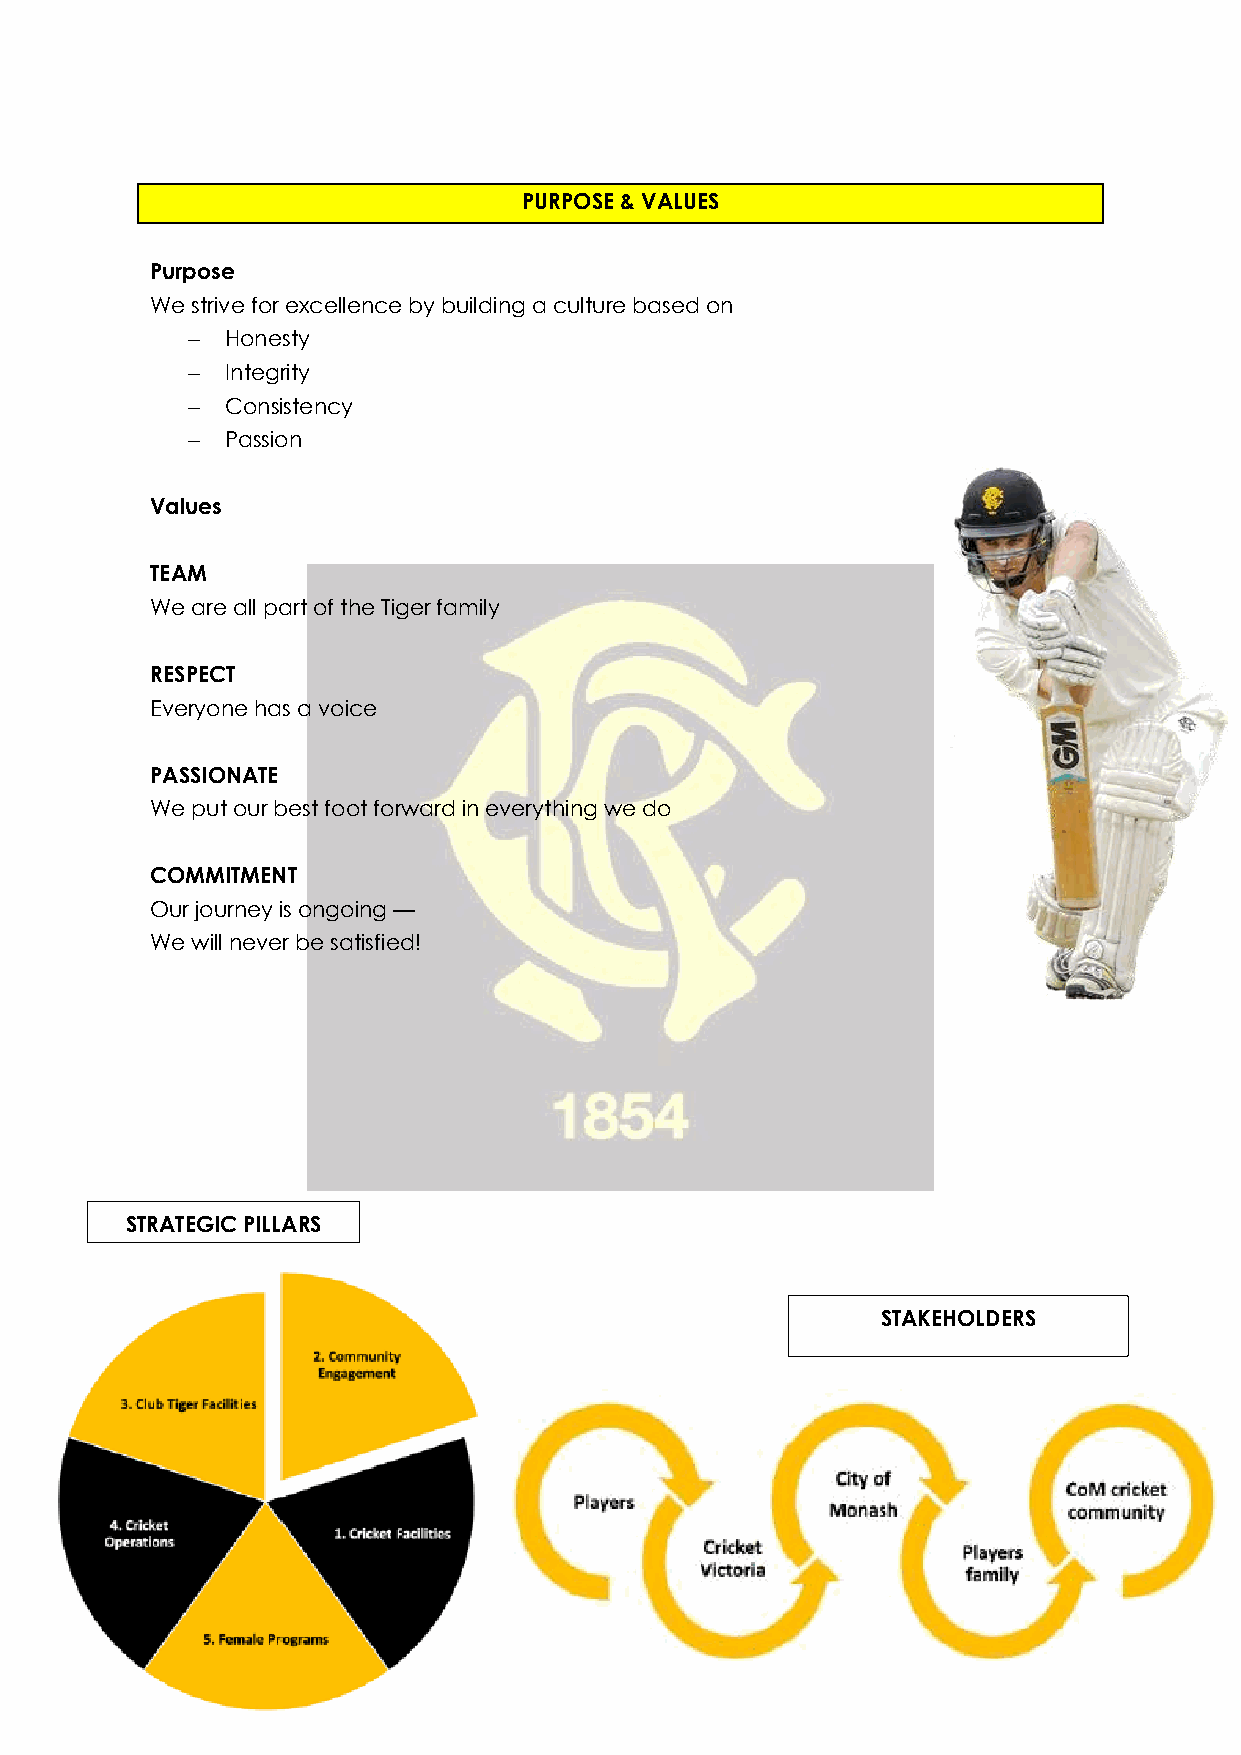
PURPOSE & VALUES
 Purpose
 We strive for excellence by building a culture based on
   Honesty
   Integrity
   Consistency
   Passion
 Values
 TEAM
 We are all part of the Tiger family
 RESPECT
 Everyone has a voice
 PASSIONATE
 We put our best foot forward in everything we do
 COMMITMENT
 Our journey is ongoing —
 We will never be satisfied!
 STRATEGIC PILLARS
 STAKEHOLDERS